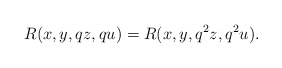
\begin{align*} R(x, y, qz, qu)=R(x, y, q^{2}z, q^{2}u).\end{align*}